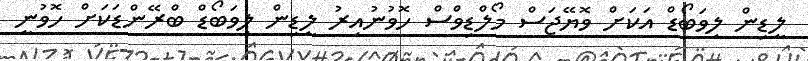
ލީޑިން ލިވަބޯޑް އަކަށް ވޮޔޭޖަސް މޯލްޑިވްސް ހޮވުނުއިރު ލީޑިން ލިވަބޯޑް ބްރޭންޑަކަށް ހޮވުނީ